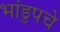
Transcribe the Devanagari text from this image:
भांडुपचे